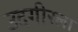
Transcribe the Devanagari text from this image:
उदगीरला